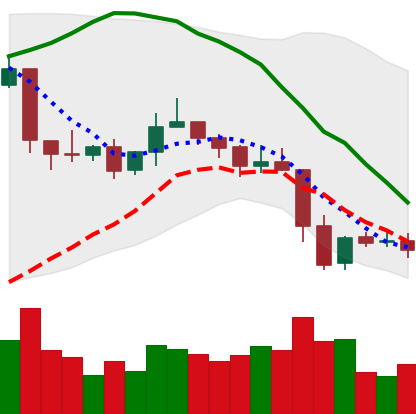
Ticker: XRP-USD
Chart end date: 2019-04-29
Forward return: 3.487%
Label: up_3_5